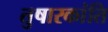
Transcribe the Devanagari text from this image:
तुषारकांति